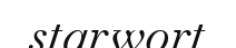
starwort